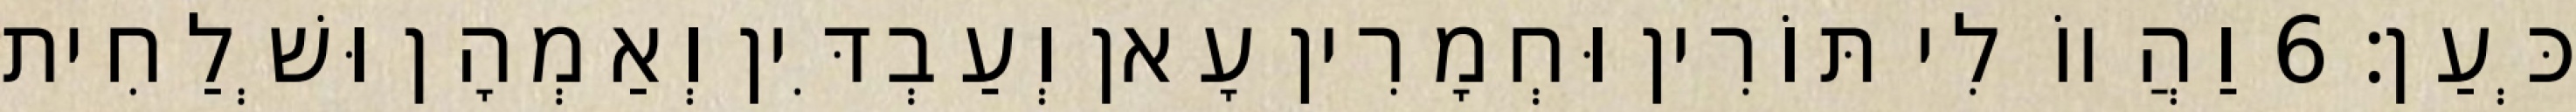
כְּעַן׃ 6 וַהֲווֹ לִי תּוֹרִין וּחְמָרִין עָאן וְעַבְדִּין וְאַמְהָן וּשְׁלַחִית